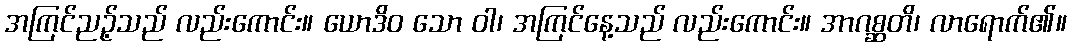
အကြင်ညဉ့်သည် လည်းကောင်း။ ယောဒိဝ သော ဝါ၊ အကြင်နေ့သည် လည်းကောင်း။ အာဂစ္ဆတိ၊ လာရောက်၏။